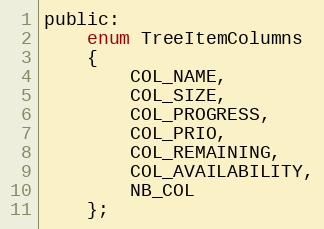
Language: C
public:
    enum TreeItemColumns
    {
        COL_NAME,
        COL_SIZE,
        COL_PROGRESS,
        COL_PRIO,
        COL_REMAINING,
        COL_AVAILABILITY,
        NB_COL
    };